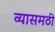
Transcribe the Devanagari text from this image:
व्यासमठी